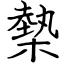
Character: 槷